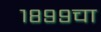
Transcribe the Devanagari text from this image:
१८९९चा